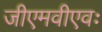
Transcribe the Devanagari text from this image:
जीएमवीएवः